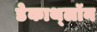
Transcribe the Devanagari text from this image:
डेकाथ्लॉन